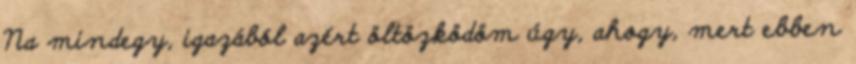
Na mindegy, igazából azért öltözködöm úgy, ahogy, mert ebben